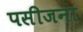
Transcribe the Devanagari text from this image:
पसीजना